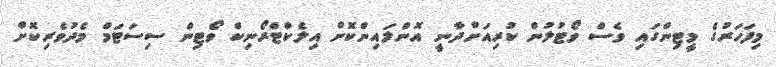
މިފަހަރުގެ މީޓިންގައި ވެސް ވޯޓުލުން ކުރިއަށްދާނީ އޮންލައިންކޮށް އިލެކްޓްރޯނިކް ވޯޓިން ސިސަޓަމް މެދުވެރިކޮށް